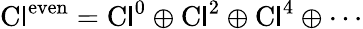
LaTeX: \operatorname{C\mathsf{l}}^{\mathrm{{even}}}=\operatorname{C\mathsf{l}}^{0}\oplus\operatorname{C\mathsf{l}}^{2}\oplus\operatorname{C\mathsf{l}}^{4}\oplus\cdots